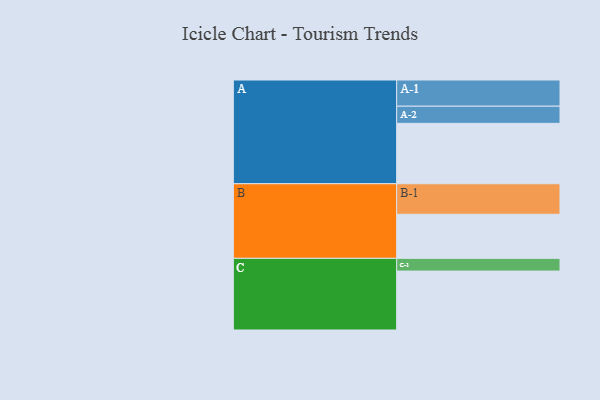
{"axis": {"x": "Segment", "y": "Value"}, "legend": ["", "A", "B", "C"], "data": [{"x": "A", "y": 574, "type": ""}, {"x": "B", "y": 419, "type": ""}, {"x": "C", "y": 560, "type": ""}, {"x": "A-1", "y": 249, "type": "A"}, {"x": "A-2", "y": 163, "type": "A"}, {"x": "B-1", "y": 290, "type": "B"}, {"x": "C-1", "y": 121, "type": "C"}]}